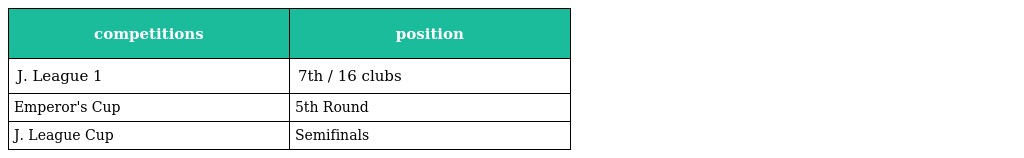
| competitions | position |
 | --- | --- |
 | J. League 1 | 7th / 16 clubs |
 | Emperor's Cup | 5th Round |
 | J. League Cup | Semifinals |